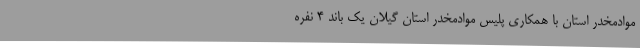
موادمخدر استان با همکاری پلیس موادمخدر استان گیلان یک باند 4 نفره